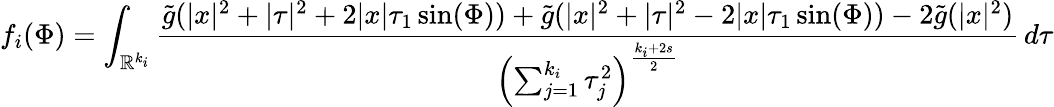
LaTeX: f_{i}(\Phi)=\int_{\mathbb{R}^{k_{i}}}\frac{\tilde{g}(|x|^{2}+|\tau|^{2}+2|x|\tau_{1}\sin(\Phi))+\tilde{g}(|x|^{2}+|\tau|^{2}-2|x|\tau_{1}\sin(\Phi))-2\tilde{g}(|x|^{2})}{\left(\sum_{j=1}^{k_{i}}\tau_{j}^{2}\right)^{\frac{k_{i}+2s}{2}}}\, d\tau